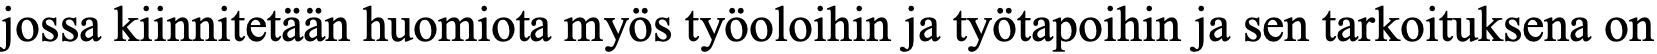
jossa kiinnitetään huomiota myös työoloihin ja työtapoihin ja sen tarkoituksena on